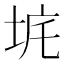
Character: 𡊾